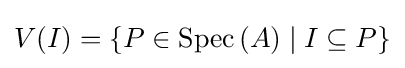
V(I)=\{P\in \operatorname {Spec} \,(A)\mid I\subseteq P\}